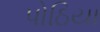
પોઠિયા